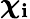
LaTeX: \boldsymbol{\chi}_{\mathbf{i}}